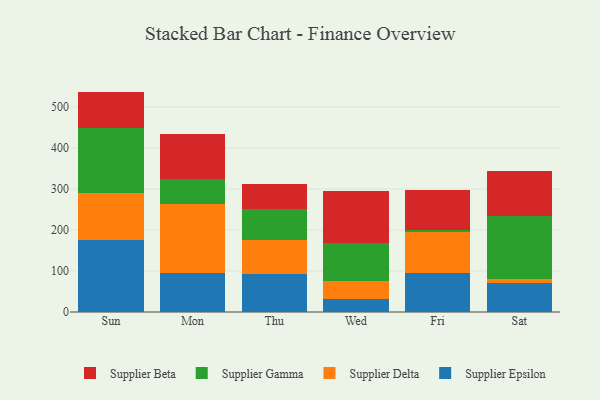
{"axis": {"x": "Day", "y": "Headcount"}, "legend": ["Supplier Beta", "Supplier Delta", "Supplier Epsilon", "Supplier Gamma"], "data": [{"x": "Sun", "y": 175.8, "type": "Supplier Epsilon"}, {"x": "Sun", "y": 115.0, "type": "Supplier Delta"}, {"x": "Sun", "y": 158.1, "type": "Supplier Gamma"}, {"x": "Sun", "y": 88.8, "type": "Supplier Beta"}, {"x": "Mon", "y": 95.9, "type": "Supplier Epsilon"}, {"x": "Mon", "y": 166.6, "type": "Supplier Delta"}, {"x": "Mon", "y": 61.4, "type": "Supplier Gamma"}, {"x": "Mon", "y": 109.8, "type": "Supplier Beta"}, {"x": "Thu", "y": 91.8, "type": "Supplier Epsilon"}, {"x": "Thu", "y": 85.0, "type": "Supplier Delta"}, {"x": "Thu", "y": 73.6, "type": "Supplier Gamma"}, {"x": "Thu", "y": 63.1, "type": "Supplier Beta"}, {"x": "Wed", "y": 32.9, "type": "Supplier Epsilon"}, {"x": "Wed", "y": 43.6, "type": "Supplier Delta"}, {"x": "Wed", "y": 91.1, "type": "Supplier Gamma"}, {"x": "Wed", "y": 127.1, "type": "Supplier Beta"}, {"x": "Fri", "y": 94.5, "type": "Supplier Epsilon"}, {"x": "Fri", "y": 99.5, "type": "Supplier Delta"}, {"x": "Fri", "y": 5.2, "type": "Supplier Gamma"}, {"x": "Fri", "y": 98.7, "type": "Supplier Beta"}, {"x": "Sat", "y": 70.7, "type": "Supplier Epsilon"}, {"x": "Sat", "y": 8.8, "type": "Supplier Delta"}, {"x": "Sat", "y": 154.4, "type": "Supplier Gamma"}, {"x": "Sat", "y": 109.4, "type": "Supplier Beta"}]}